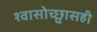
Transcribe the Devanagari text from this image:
श्वासोच्छ्वासही